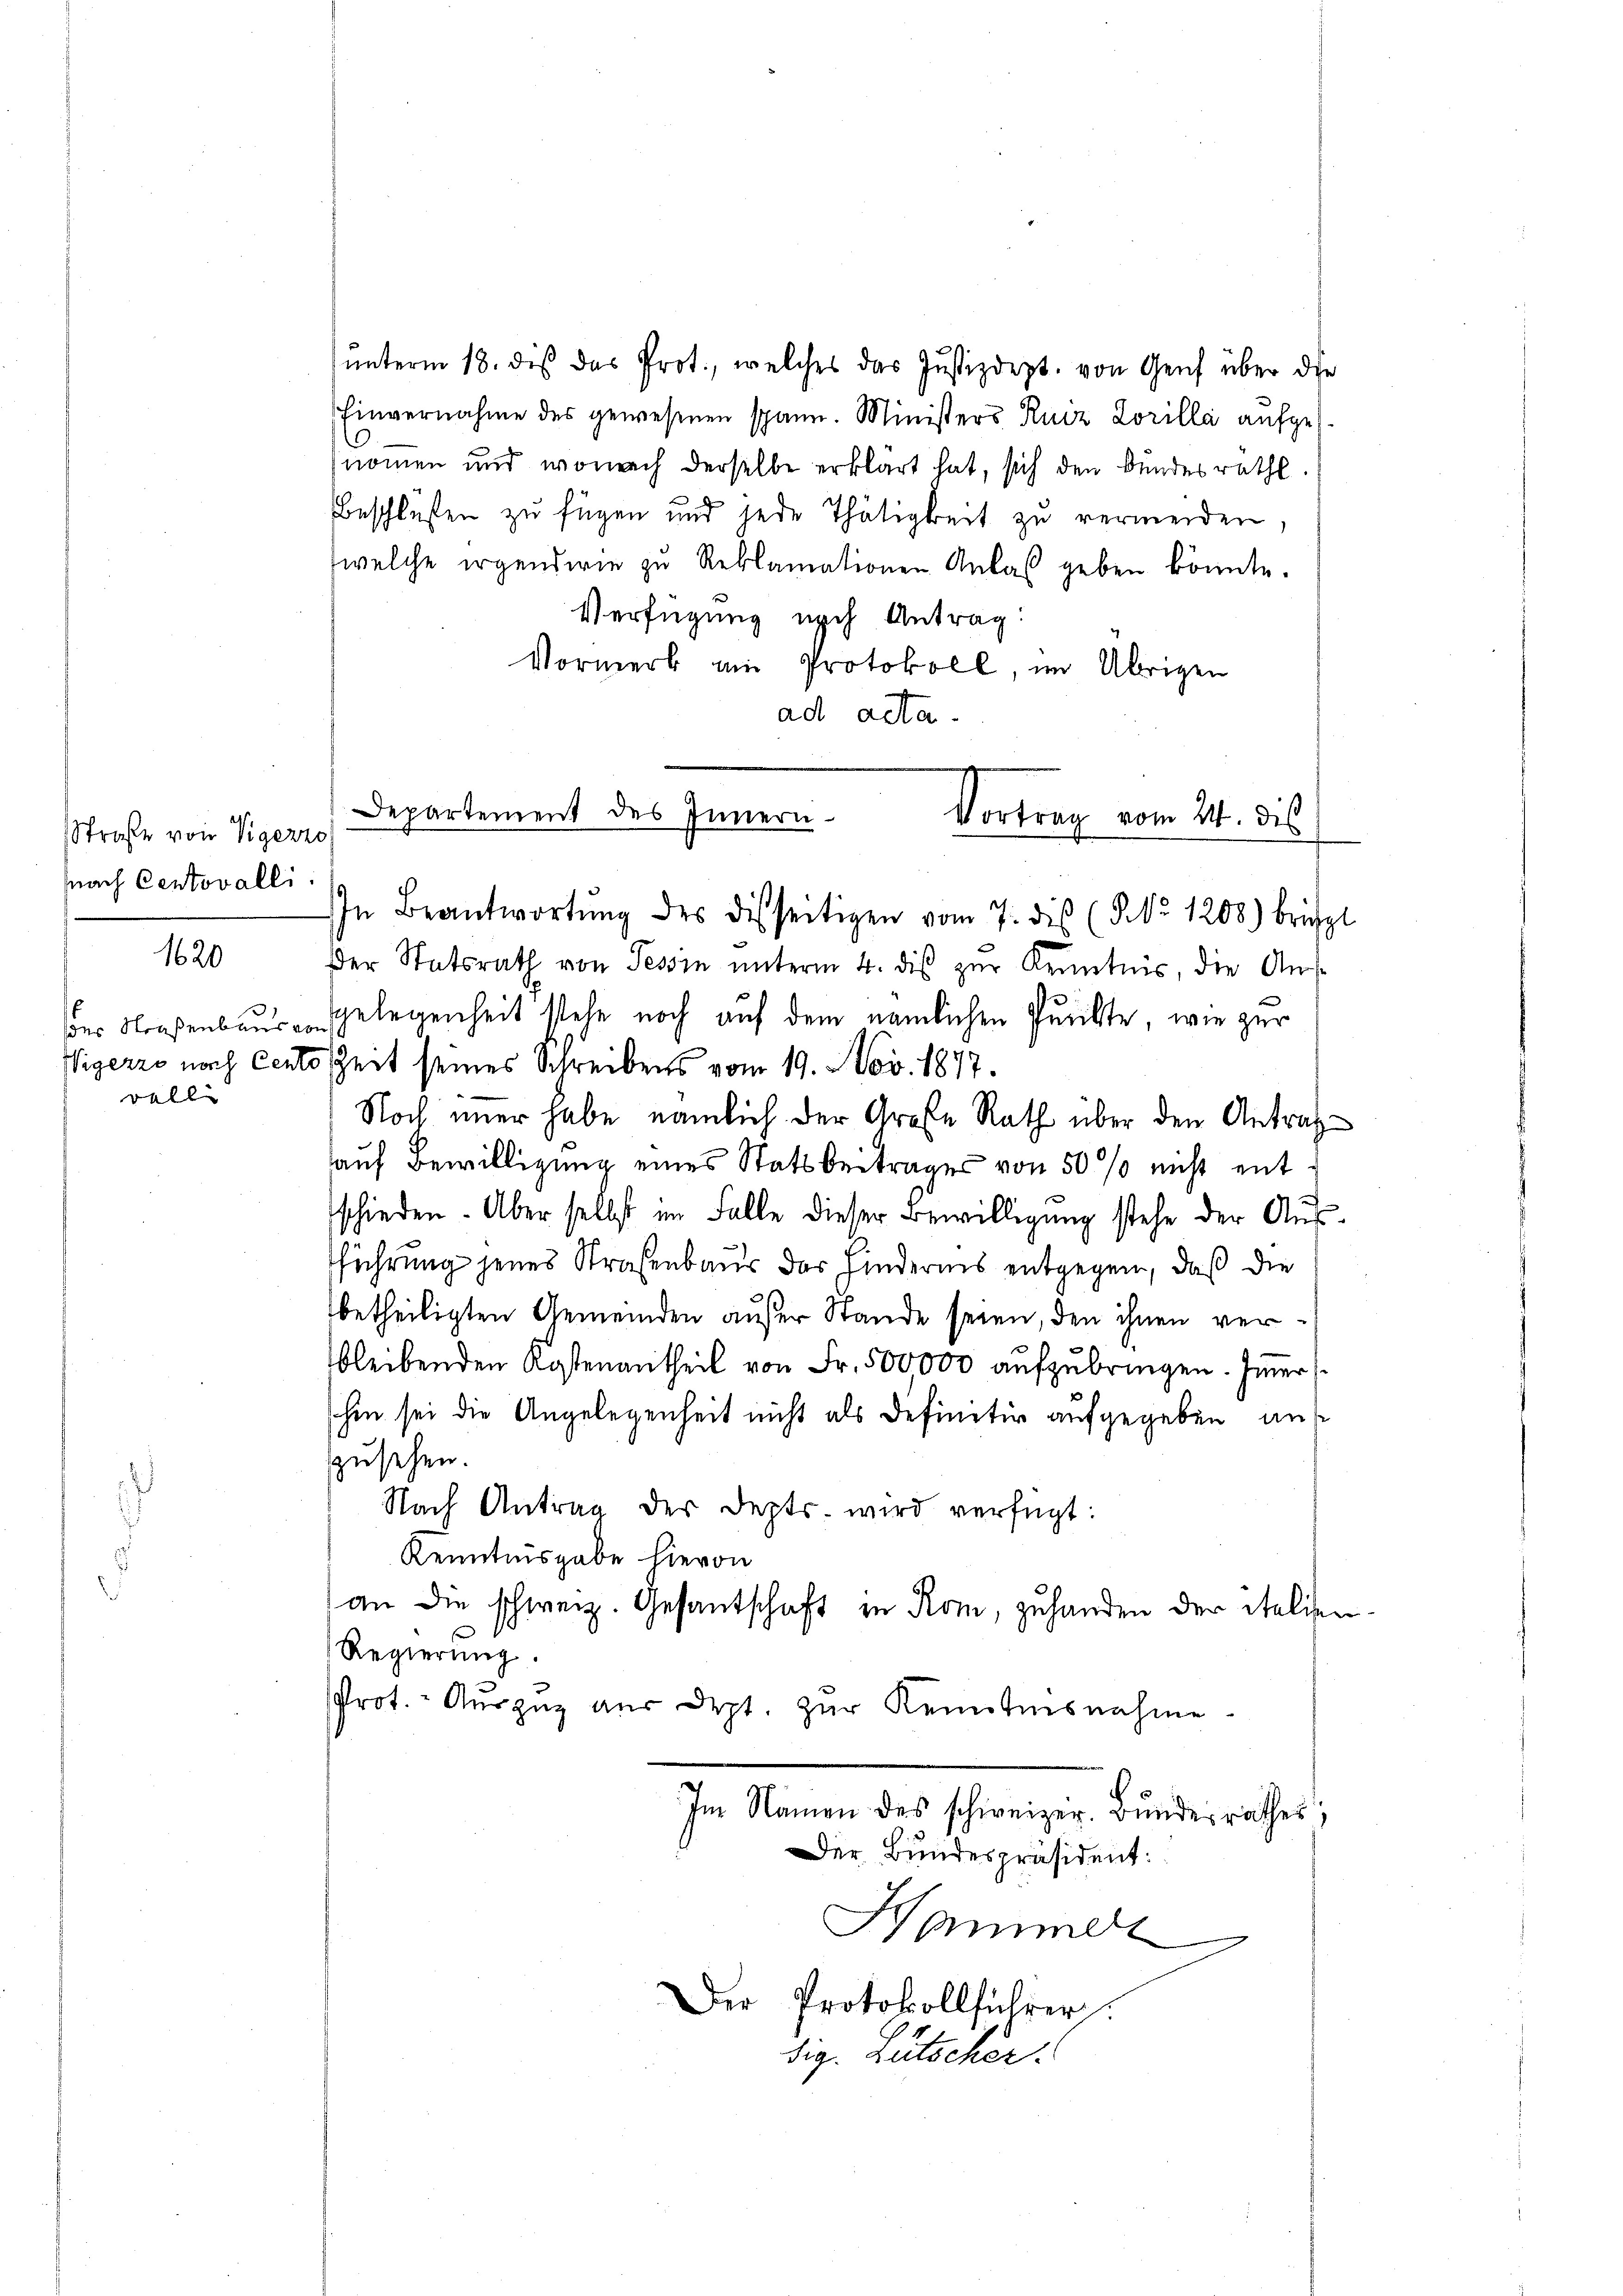
Straße von Vigezzo
nach Centovalli

1620

des Straßenbaus
Wigerze noch Cento
walli

ŭnterm 18. dis das Prot., welches das Justizdept. von Genf über die
Einvernahme des gewesenen spann. Ministers Rucz Lorilla aufges
nommen und wonach derselbe erklärt hat, sich den Bundesrath.
Beschlüßen zu fügen und jede Thätigkeit zu vermeiden,
welche irgendwie zu Reklamationen Anlaß geben könnte.
Verfügung noch Antrag:
Vormerk am Protokoll, im Übrigen
ad acta.
Vortrag vom 21. dies
der Statsrath von Tessin ŭnterm 4. dis zŭr Kenntnis, die Ans
Gelegenheit stehe noch auf dem nämlichen Punkte, wie zur
Zeit seines Schreibens vom 19. Nov. 1877.
Noch imer habe nämlich der Große Rath über den Antrag
auf Bewilligung eines Statsbeitrages von 50 % nicht entschieden. Aber selbst im Falle dieser Bewilligung stehe der Ausfführung jenes Straßenbaus der Hindernis entgegen, daß die
betheiligten Gemeinden außer Stande seien, den ihnen verbleibenden Kostenantheil von Fr. 500,000 aufzubringen. Immer
hin sei die Angelegenheit nicht als Definitiv aufgegeben auf
zusehen.
Nach Antrag der Depts. wird verfügt:
Kenntnisgabe hievon
an die schweiz. Gesantschaft in Rom, zuhanden der italien
Regierung.
Prot. Auszug aus dept. zur Kenntnisnahme
Im Namen des schweizer. Bundesrathes,
Der Bundespräsident:
Hammel
Der Protokollführer.
dig. Lütscher.

Departement des Innern
In Beantwortŭng des disseitigen vom 7. des (§ No 1208) brüfzt